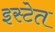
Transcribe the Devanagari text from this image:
इस्टेत